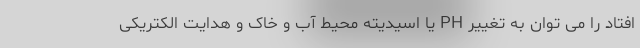
افتاد را می توان به تغییر PH یا اسیدیته محیط آب و خاک و هدایت الکتریکی